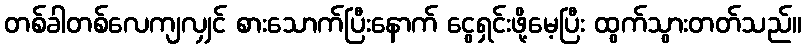
တစ်ခါတစ်လေကျလျှင် စားသောက်ပြီးနောက် ငွေရှင်းဖို့မေ့ပြီး ထွက်သွားတတ်သည်။